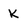
Character: K